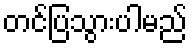
တင်ပြသွားပါမည်